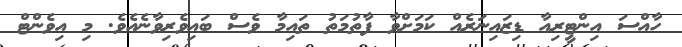
ހާއްސަ އިންޓީރިއާ ޑިޒައިނަރެއް ކަމަށްވާ ފާތުމަތު ތައިމާ ވެސް ބައިވެރިވާނެއެވެ. މި އިވެންޓް